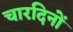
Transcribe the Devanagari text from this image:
चारदिनों